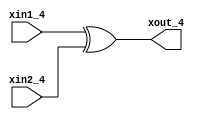
module XOR_4BIT(xout_4,xin1_4,xin2_4);
    input [3:0] xin1_4,xin2_4;
    output reg [3:0] xout_4;

    always @(*) begin
        xout_4 = xin1_4 ^ xin2_4;
    end
endmodule